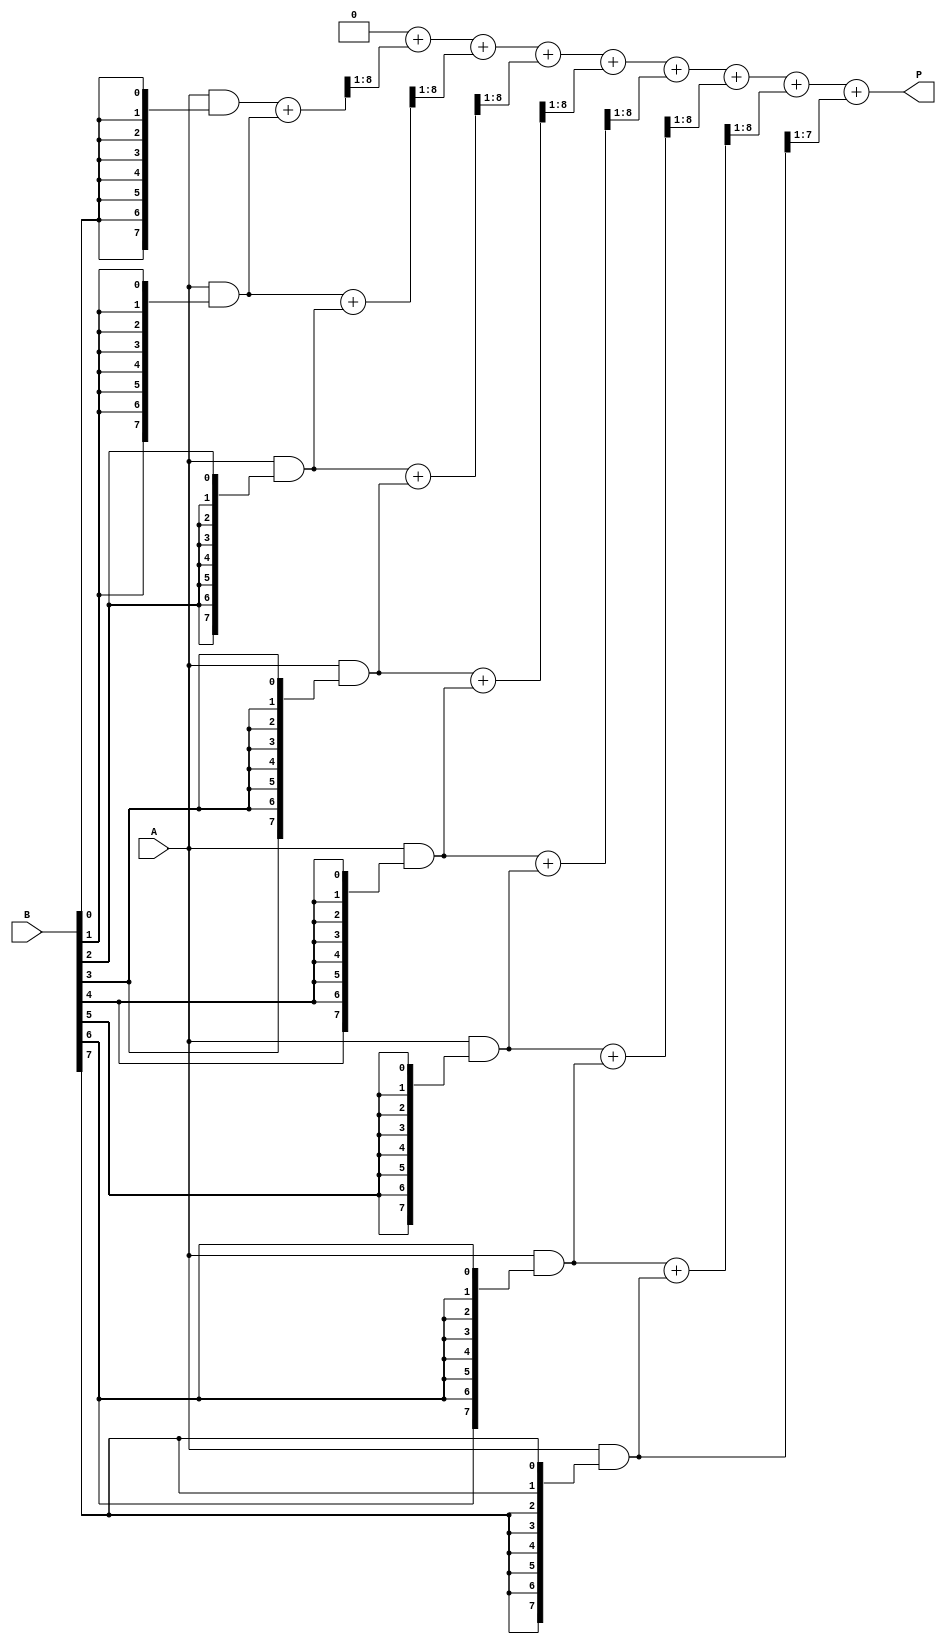
module variable_length_wallace_tree_multiplier #(
    parameter WIDTH_A = 8, // Width of input A
    parameter WIDTH_B = 8  // Width of input B
)(
    input  [WIDTH_A-1:0] A, // Multiplicand
    input  [WIDTH_B-1:0] B, // Multiplier
    output reg [(WIDTH_A + WIDTH_B - 1):0] P // Product
);
    // Generate partial products
    wire [WIDTH_A-1:0] pp[0:WIDTH_B-1]; // Partial products

    genvar i;
    generate
        for (i = 0; i < WIDTH_B; i = i + 1) begin : pp_gen
            assign pp[i] = A & {WIDTH_A{B[i]}}; // AND the multiplicand with each bit of the multiplier
        end
    endgenerate

    // Wallace Tree Reduction
    reg [WIDTH_A + WIDTH_B - 1:0] sum[0:WIDTH_B-1];
    reg [WIDTH_B-1:0] carry[0:WIDTH_B-1];
    integer level;

    // Initialize the first level with partial products
    always @* begin
        // Reset sum and carry
        for (level = 0; level < WIDTH_B; level = level + 1) begin
            sum[level] = 0;
            carry[level] = 0;
        end
        
        // First level: Place first two levels of partial products
        for (level = 0; level < WIDTH_B; level = level + 1) begin
            if (level < WIDTH_B) sum[level] = pp[level];
            if (level+1 < WIDTH_B) sum[level] = sum[level] + {1'b0, pp[level+1]}; // Shift and add for the next level
        end

        // Wallace Tree Reduction Stages
        // We will loop over the width to sum up bits
        for (level = 0; level < WIDTH_A + WIDTH_B; level = level + 1) begin
            if (level < WIDTH_B) begin
                // For two bits, use half adders and full adders as necessary.
                {carry[level], sum[level]} = sum[level] >> 1; // Shift for next level
            end
        end
    end

    // Final addition to get the final product
    always @* begin
        P = 0;
        for (level = 0; level < WIDTH_B; level = level + 1) begin
            P = P + sum[level]; // Accumulate the sums for final product
        end
    end

endmodule